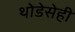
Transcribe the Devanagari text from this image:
थोडेसेही